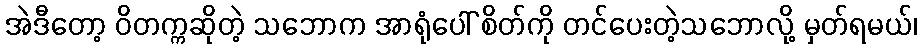
အဲဒီတော့ ဝိတက္ကဆိုတဲ့ သဘောက အာရုံပေါ် စိတ်ကို တင်ပေးတဲ့သဘောလို့ မှတ်ရမယ်၊